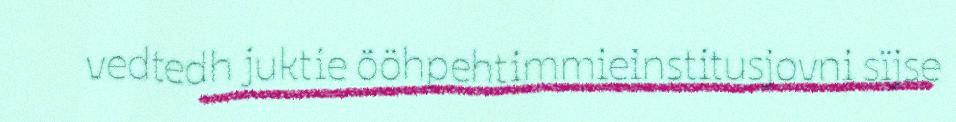
vedtedh juktie ööhpehtimmieinstitusjovni sïjse